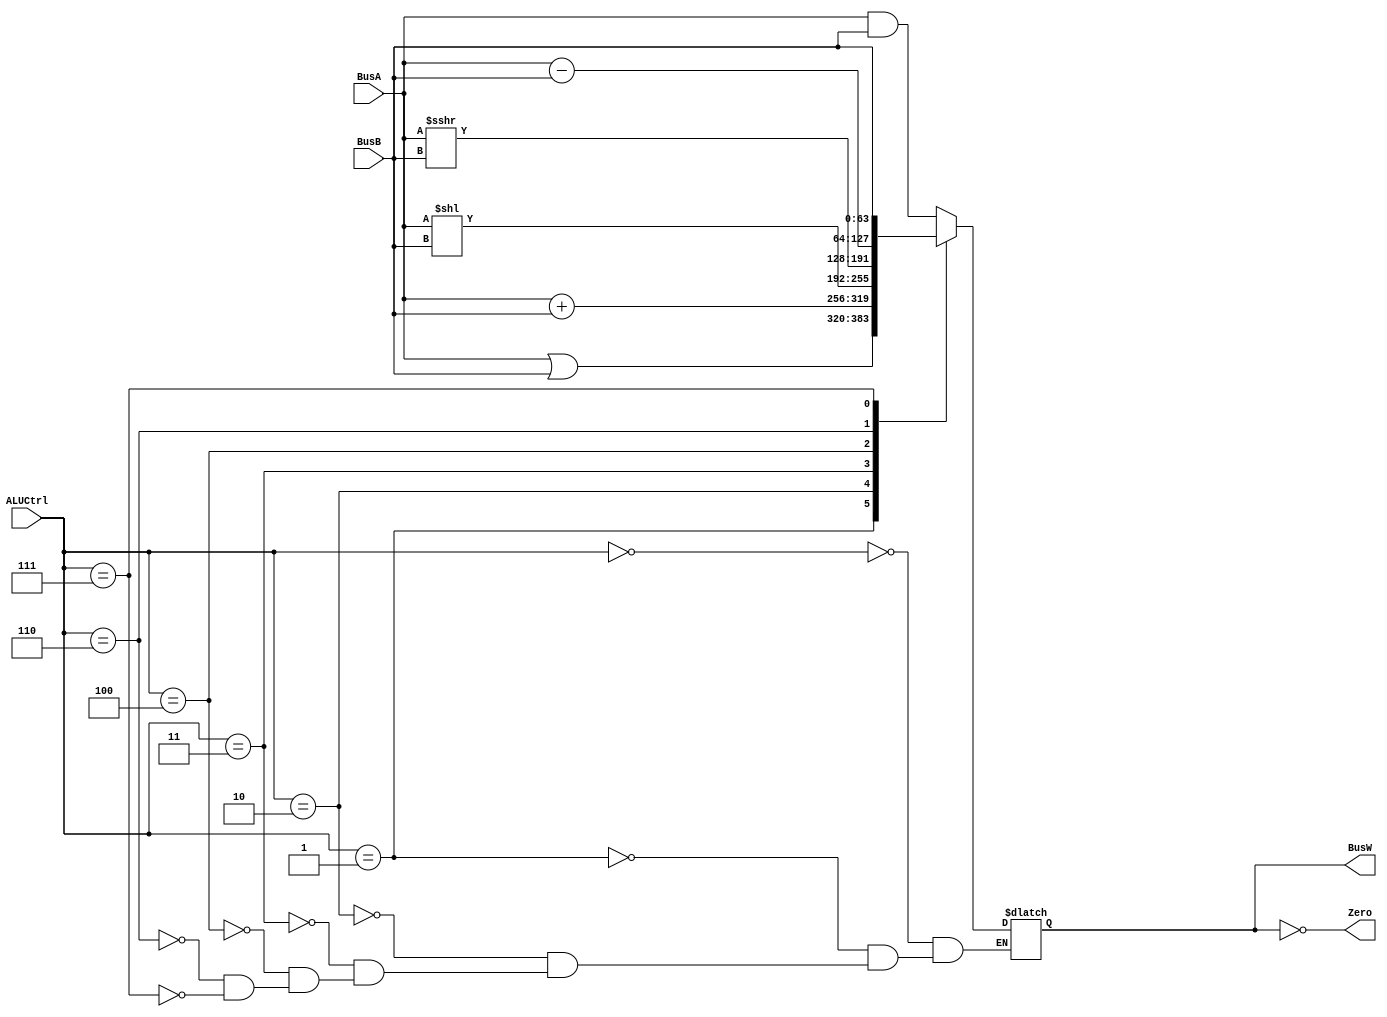
`timescale 1ns / 1ps

`define AND 4'b0000
`define OR 4'b0001
`define ADD 4'b0010
`define LSL 4'b0011
`define LSR 4'b0100
`define SUB 4'b0110
`define PassB 4'b0111


module ALU(BusW, BusA, BusB, ALUCtrl, Zero);
    
	parameter n = 64;

	output  [n-1:0] BusW;
	input   [n-1:0] BusA, BusB;
	input   [3:0] ALUCtrl;
	output  wire Zero;
    
	reg     [n-1:0] BusW;
    
	always @(ALUCtrl or BusA or BusB) begin
	//$display("check busA:%h busB:%h",BusA,BusB);
		case(ALUCtrl)
			`AND: begin
			BusW <= #20 BusA & BusB;
			//$display("and"); //idk why not
			end
			`OR: begin
			BusW <= #20 BusA | BusB;
			//$display("orr");
			end
			`ADD: begin
			BusW <= #20 BusA + BusB;
			end
			`LSL: begin
			BusW <= #20 BusA << BusB;
			//$display("shifted busA:%h busB:%d",BusA,BusB);
			end
			`LSR: begin
			BusW <= #20 BusA >>> BusB;
			end
			`SUB: begin
			BusW <= #20 BusA - BusB;
			end
			`PassB: begin
			BusW <= #20 BusB;
			end
		endcase
	end
	
	assign Zero = (BusW == 64'b0);

endmodule